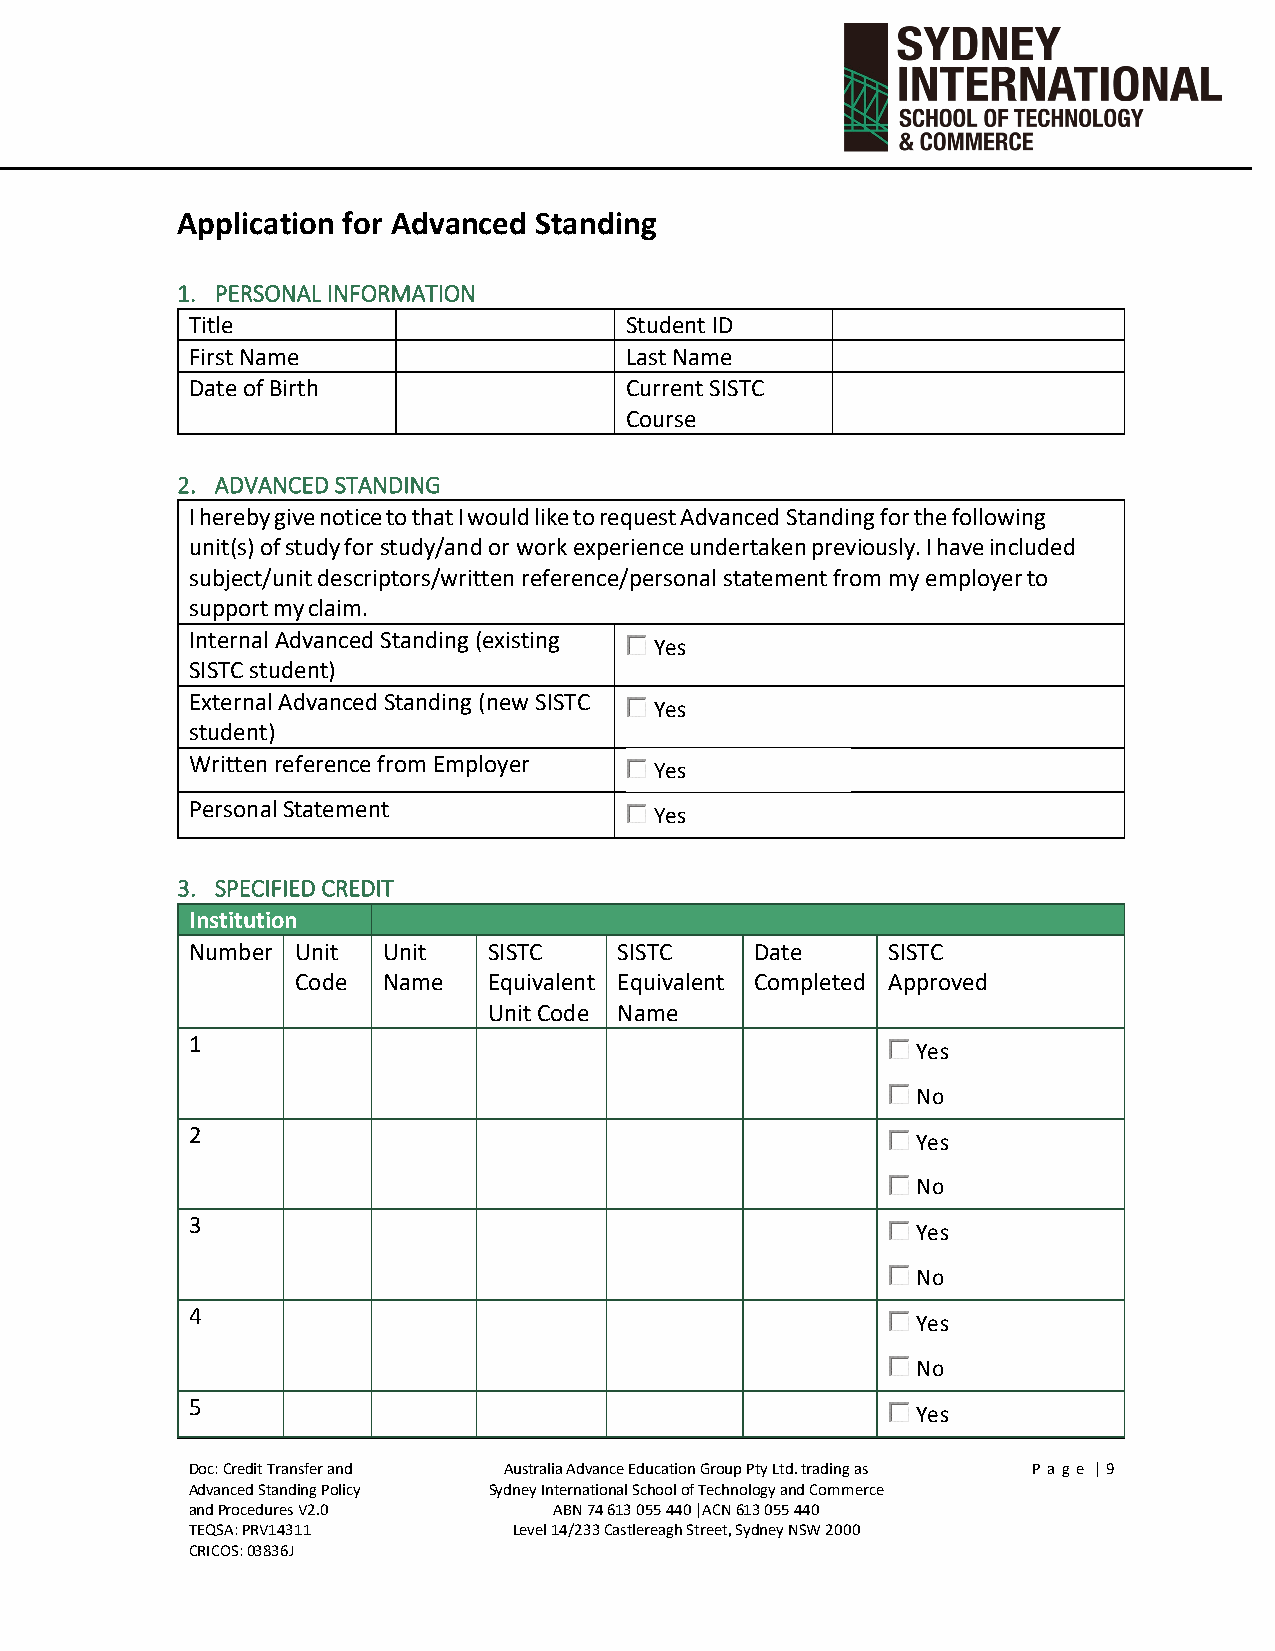
Application for Advanced Standing
 1. PERSONAL INFORMATION
 Title                       Student ID
 First Name                  Last Name
 Date of Birth               Current SISTC
 Course
 2. ADVANCED STANDING
 I hereby give notice to that I would like to request Advanced Standing for the following
 unit(s) of study for study/and or work experience undertaken previously. I have included
 subject/unit descriptors/written reference/personal statement from my employer to
 support my claim.
 Internal Advanced Standing (existing
 Yes
 SISTC student)
 External Advanced Standing (new SISTC
 Yes
 student)
 Written reference from Employer
 Yes
 Personal Statement
 Yes
 3. SPECIFIED CREDIT
 Institution
 Number Unit Unit   SISTC    SISTC    Date     SISTC
 Code Name   Equivalent Equivalent Completed Approved
 Unit Code Name
 1
 Yes
 No
 2
 Yes
 No
 3
 Yes
 No
 4
 Yes
 No
 5
 Yes
 Doc: Credit Transfer and Australia Advance Education Group Pty Ltd. trading as P ag e | 9
 Advanced Standing Policy Sydney International School of Technology and Commerce
 and Procedures V2.0      ABN 74 613 055 440 |ACN 613 055 440
 TEQSA: PRV14311       Level 14/233 Castlereagh Street, Sydney NSW 2000
 CRICOS: 03836J